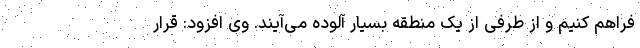
فراهم کنیم و از طرفی از یک منطقه بسیار آلوده می‌آیند. وی افزود: قرار